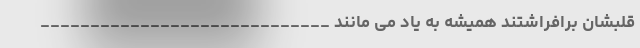
قلبشان برافراشتند همیشه به یاد می مانند _____________________________